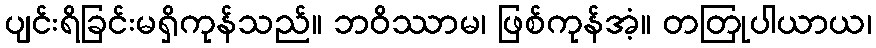
ပျင်းရိခြင်းမရှိကုန်သည်။ ဘဝိဿာမ၊ ဖြစ်ကုန်အံ့။ တတြုပါယာယ၊